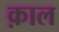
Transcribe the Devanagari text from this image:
क़ाल